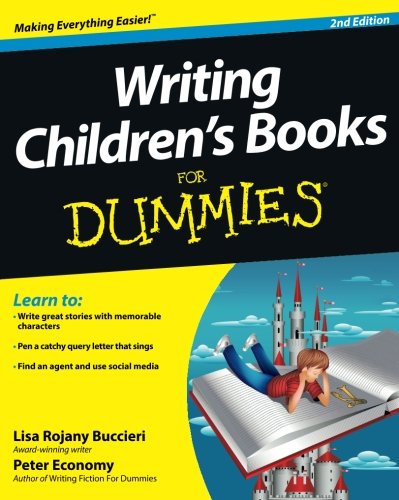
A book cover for Writing Children's Books For Dummies; Lisa Rojany Buccieri; Literature & Fiction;